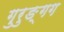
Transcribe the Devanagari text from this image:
गुरुङ्गग